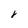
Character: r